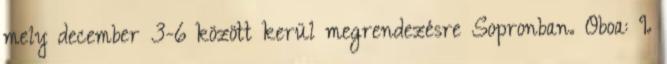
mely december 3-6 között kerül megrendezésre Sopronban. Oboa: I.